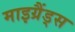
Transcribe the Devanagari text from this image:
माइग्रैंड्स